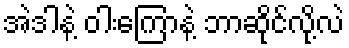
အဲဒါနဲ့ ဝါးကြောနဲ့ ဘာဆိုင်လို့လဲ